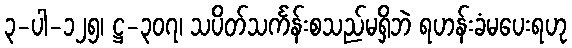
၃-ပါ-၁၂၅၊ ဋ္ဌ-၃၀၇၊ သပိတ်သင်္ကန်းစသည်မရှိဘဲ ရဟန်းခံမပေးရဟု